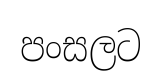
පංසලට